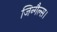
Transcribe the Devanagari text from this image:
जिन्गैल्स।